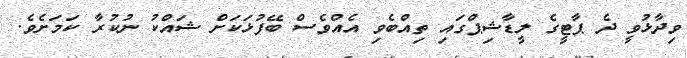
ވިދާޅުވީ ދެ ޕާޓީގެ ލީޑާޝިޕްގައި ތިއްބެވި އެއްވެސް ބޭފުޅަކަށް ޝައްކު ނުކުރާ ކަމަށެވެ.